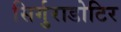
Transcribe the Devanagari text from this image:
सिर्गुराडोटिर